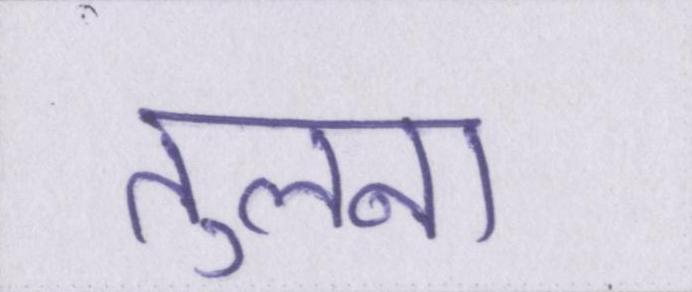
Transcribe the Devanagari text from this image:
तुलना